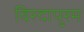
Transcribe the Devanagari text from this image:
विरदापुरम